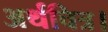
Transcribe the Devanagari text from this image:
अर्थचित्र।